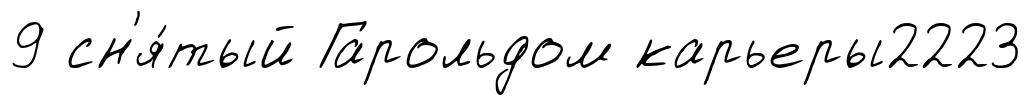
9 сн'я́тый Гарольдом карьеры2223